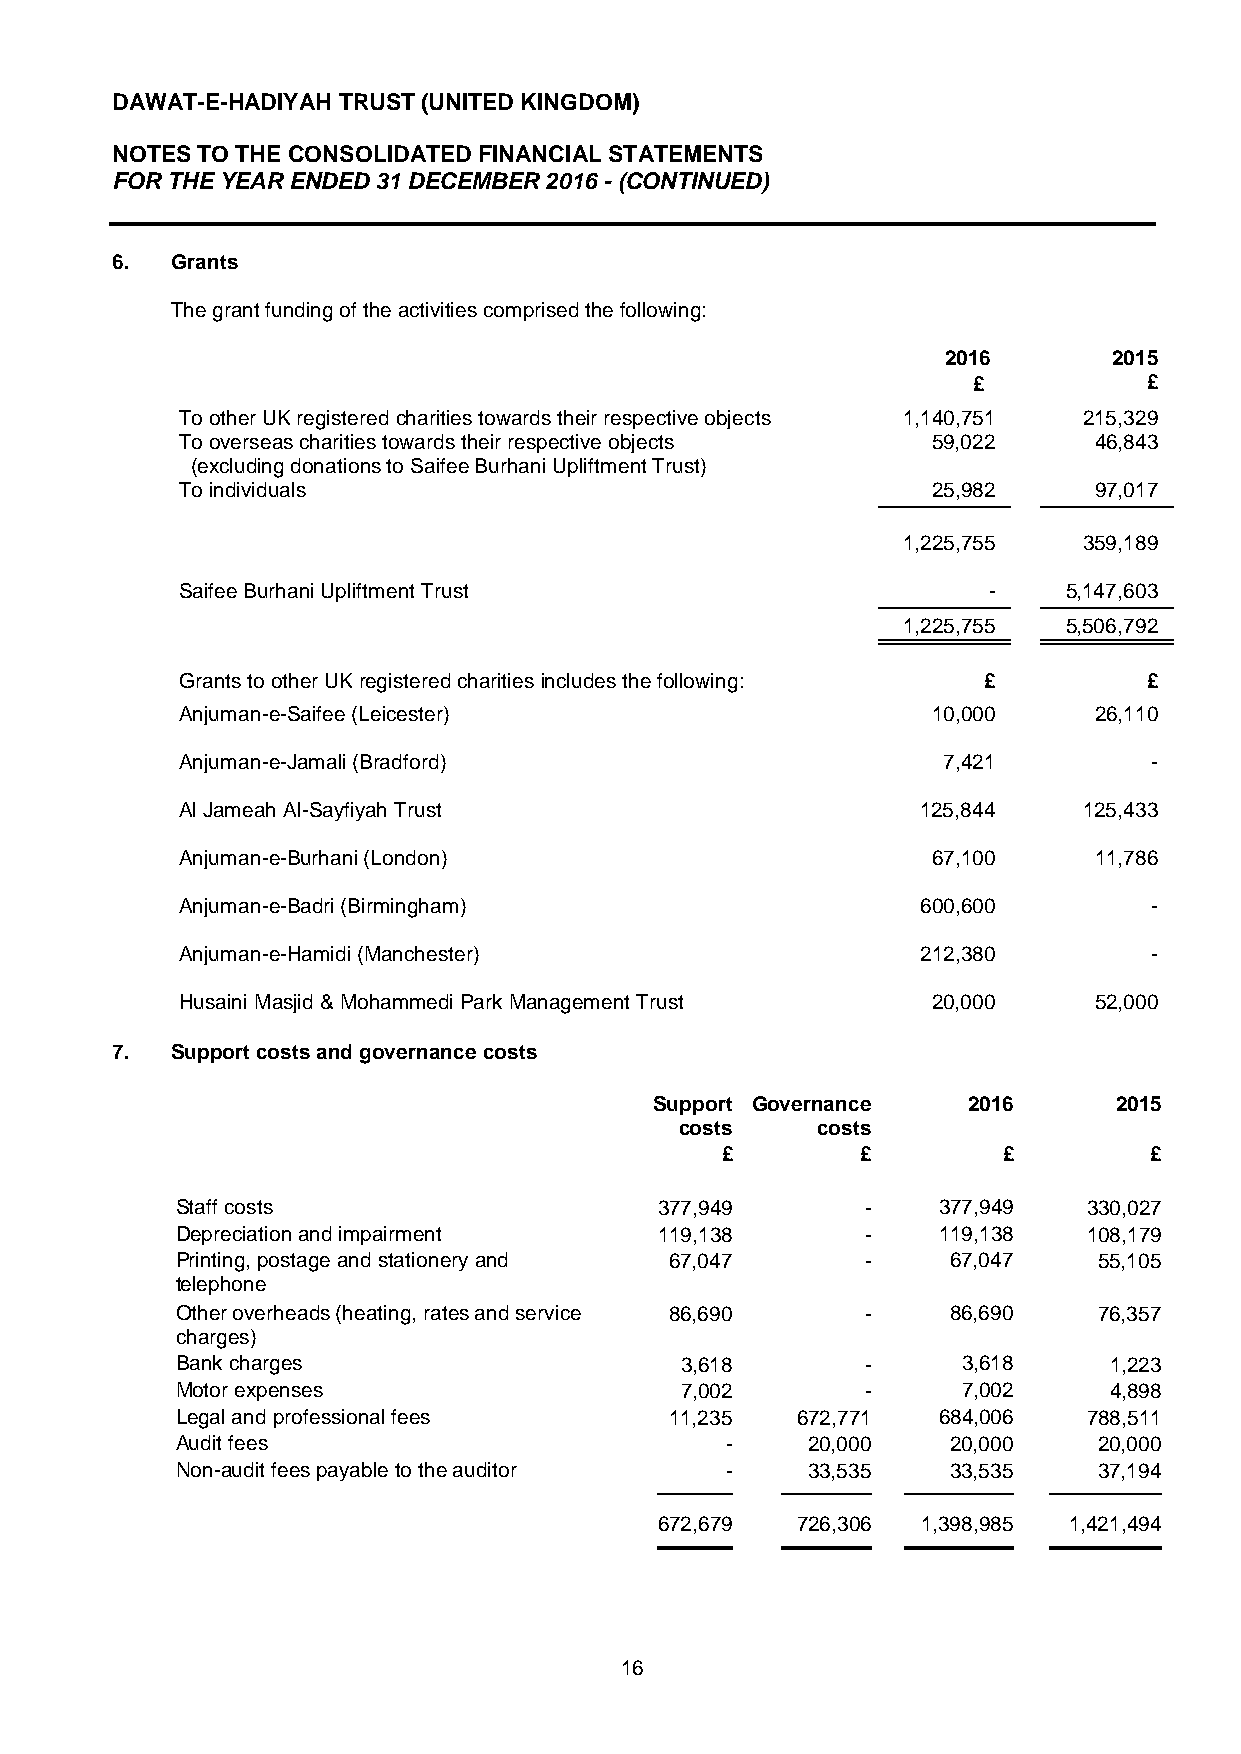
DAWAT-E-HADIYAH TRUST (UNITED KINGDOM)
 NOTES TO THE CONSOLIDATED FINANCIAL STATEMENTS
 FOR THE YEAR ENDED 31 DECEMBER 2016 - (CONTINUED)
 6.  Grants
 The grant funding of the activities comprised the following:
 2016        2015
 £           £
 To other UK registered charities towards their respective objects 1,140,751 215,329
 To overseas charities towards their respective objects 59,022 46,843
 (excluding donations to Saifee Burhani Upliftment Trust)
 To individuals                                    25,982    97,017
 1,225,755   359,189
 Saifee Burhani Upliftment Trust                      -    5,147,603
 1,225,755 5,506,792
 Grants to other UK registered charities includes the following: £ £
 Anjuman-e-Saifee (Leicester)                      10,000    26,110
 Anjuman-e-Jamali (Bradford)                       7,421         -
 Al Jameah Al-Sayfiyah Trust                      125,844    125,433
 Anjuman-e-Burhani (London)                        67,100    11,786
 Anjuman-e-Badri (Birmingham)                     600,600        -
 Anjuman-e-Hamidi (Manchester)                    212,380        -
 Husaini Masjid & Mohammedi Park Management Trust  20,000    52,000
 7.  Support costs and governance costs
 Support Governance   2016      2015
 costs    costs
 £        £        £         £
 Staff costs                     377,949      -    377,949   330,027
 Depreciation and impairment     119,138      -    119,138   108,179
 Printing, postage and stationery and 67,047  -     67,047    55,105
 telephone
 Other overheads (heating, rates and service 86,690 - 86,690  76,357
 charges)
 Bank charges                     3,618       -      3,618    1,223
 Motor expenses                   7,002       -      7,002    4,898
 Legal and professional fees     11,235   672,771  684,006   788,511
 Audit fees                          -    20,000    20,000    20,000
 Non-audit fees payable to the auditor -  33,535    33,535    37,194
 672,679  726,306 1,398,985 1,421,494
 16